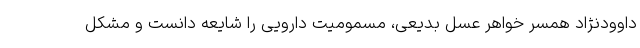
داوودنژاد همسر خواهر عسل بدیعی، مسمومیت دارویی را شایعه دانست و مشکل